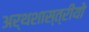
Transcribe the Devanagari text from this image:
अर्थशास्त्रीयो